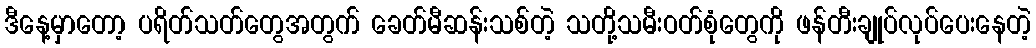
ဒီနေ့မှာတော့ ပရိတ်သတ်တွေအတွက် ခေတ်မီဆန်းသစ်တဲ့ သတို့သမီးဝတ်စုံတွေကို ဖန်တီးချုပ်လုပ်ပေးနေတဲ့